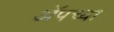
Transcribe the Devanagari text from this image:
ॲपच्या